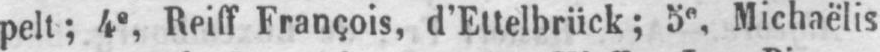
pelt; 4e, Reiff François, d’Ettelbrück; 5e, Michaëlis